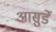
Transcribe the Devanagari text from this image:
आसुर्डे